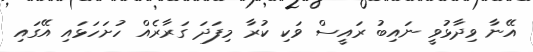
އޭނާ ވިދާޅުވީ ނައިބު ރައީސް ވަކި ކުރާ މިފަދަ ގަރާރެއް ހުށަހަޅައި އޭގައި